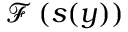
\mathcal { F } \left( s ( y ) \right)